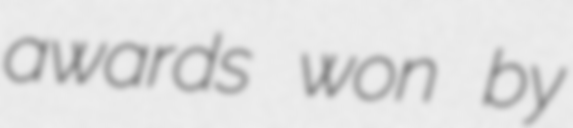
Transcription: awards won by